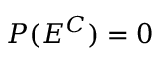
P ( E ^ { C } ) = 0